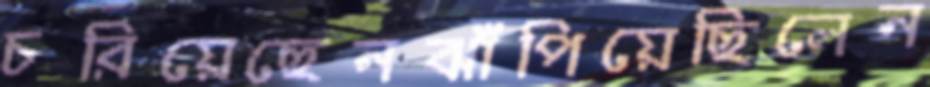
চরিয়েছেনঝাঁপিয়েছিলেন